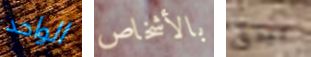
الواحد بالأشخاص بيدق